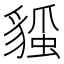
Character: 𧳻